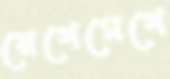
রেগেমেগে